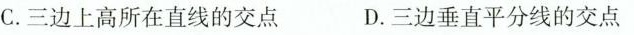
C.三边上高所在直线的交点 D.三边垂直平分线的交点